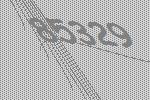
85329